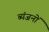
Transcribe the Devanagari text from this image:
ब्यंजनों